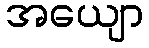
အယျော